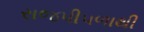
રાજપીપળાથી